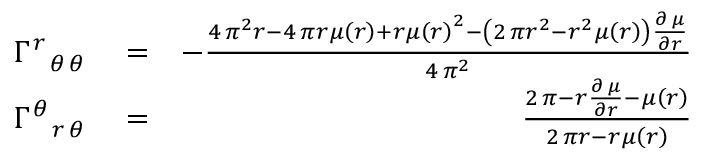
\begin{array} { r l r } { \Gamma _ { \phantom { \, r } \, { \theta } \, { \theta } } ^ { \, r \phantom { \, { \theta } } \phantom { \, { \theta } } } } & { { } = } & { - \frac { 4 \, \pi ^ { 2 } r - 4 \, \pi r \mu \left( r \right) + r \mu \left( r \right) ^ { 2 } - { \left( 2 \, \pi r ^ { 2 } - r ^ { 2 } \mu \left( r \right) \right) } \frac { \partial \, \mu } { \partial r } } { 4 \, \pi ^ { 2 } } } \\ { \Gamma _ { \phantom { \, { \theta } } \, r \, { \theta } } ^ { \, { \theta } \phantom { \, r } \phantom { \, { \theta } } } } & { { } = } & { \frac { 2 \, \pi - r \frac { \partial \, \mu } { \partial r } - \mu \left( r \right) } { 2 \, \pi r - r \mu \left( r \right) } } \end{array}